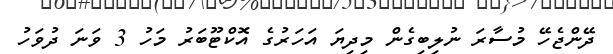
ދޭންޖެހޭ މުސާރަ ނުލިބިގެން މިދިޔަ އަހަރުގެ އޮކްޓޫބަރު މަހު 3 ވަނަ ދުވަހު